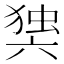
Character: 𭁘